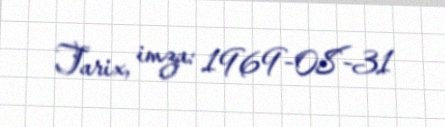
Tarix, imza: 1969-08-31